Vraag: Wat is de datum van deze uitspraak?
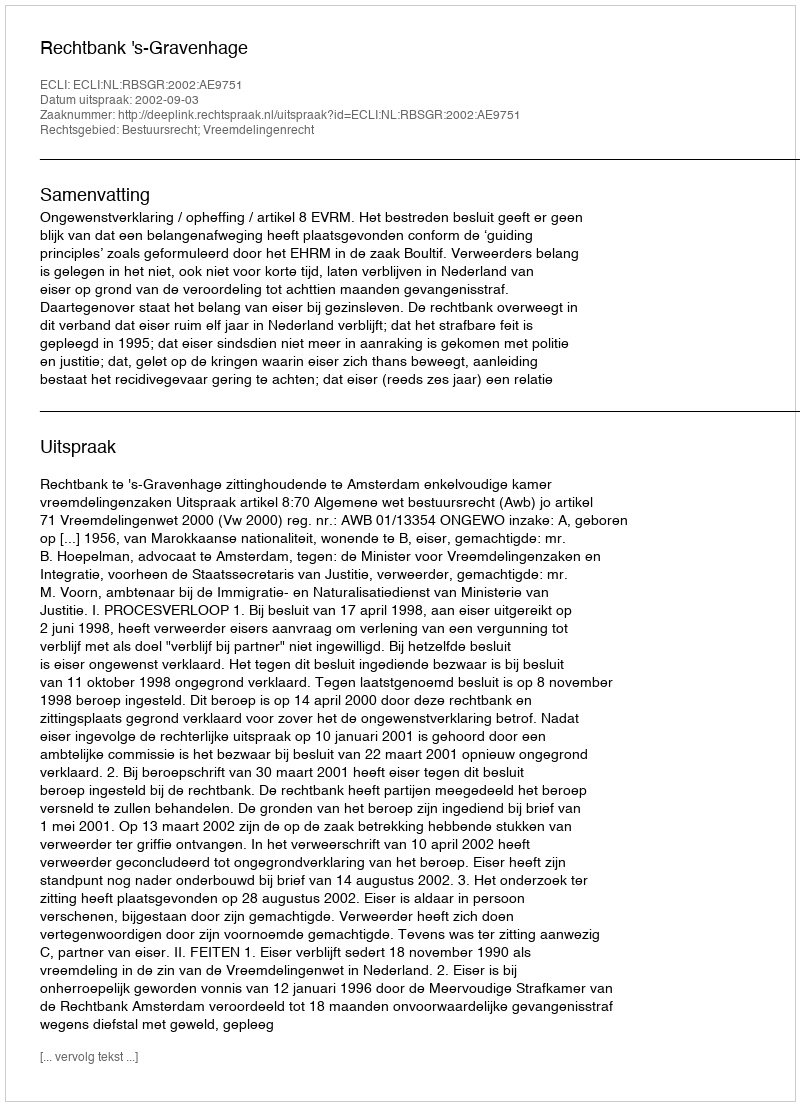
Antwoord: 2002-09-03